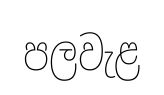
පලවැළ